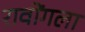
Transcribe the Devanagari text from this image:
रावोंगला